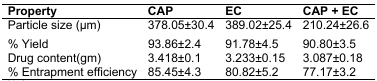
| Property | CAP | EC | CAP + EC |
 | --- | --- | --- | --- |
 | Particle size (μm) | 378.05±30.4 | 389.02±25.4 | 210.24±26.6 |
 | % Yield | 93.86±2.4 | 91.78±4.5 | 90.80±3.5 |
 | Drug content(gm) | 3.418±0.1 | 3.233±0.15 | 3.087±0.18 |
 | % Entrapment efficiency | 85.45±4.3 | 80.82±5.2 | 77.17±3.2 |